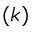
( k )